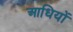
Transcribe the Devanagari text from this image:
आधियों